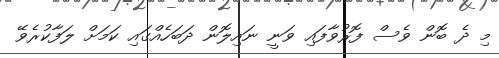
މި ދެ ބޮން ވެސް ފޮރުވާފައި ވަނީ ނައިލޮން ދަބަހެއްގައި ކަމަށް ލަފާކުރެވޭ